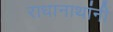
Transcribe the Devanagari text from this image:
राधानाथांनी